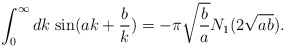
\begin{align*}\int_0^{\infty}dk\;{\rm sin}(ak+\frac{b}{k})=-{\pi}\sqrt{\frac{b}{a}}N_1(2\sqrt{ab}).\end{align*}